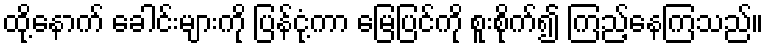
ထို့နောက် ခေါင်းများကို ပြန်ငုံ့ကာ မြေပြင်ကို စူးစိုက်၍ ကြည့်နေကြသည်။